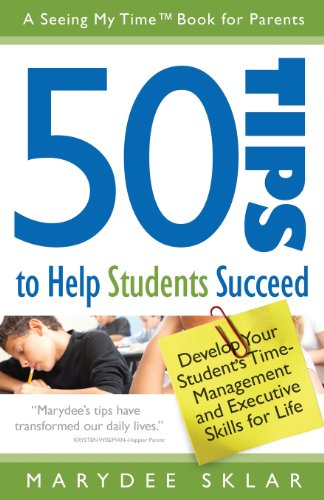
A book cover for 50 Tips to Help Students Succeed: Develop Your Student's Time-Management and Executive Skills for Life; Marydee Sklar; Parenting & Relationships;